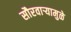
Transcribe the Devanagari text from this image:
सौरवार्‍यामुळे